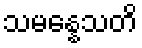
သမန္နေသတိ